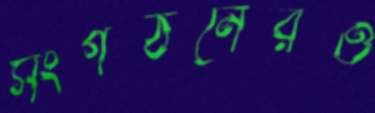
সংগঠনেরও